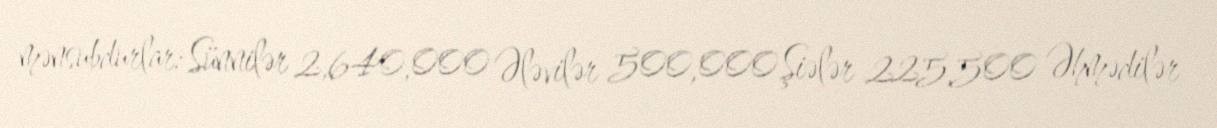
mənsubdurlar: Sünnilər 2,640,000 Ələvilər 500,000 Şiələr 225,500 Əhmədilər